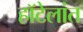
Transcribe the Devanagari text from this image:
हॉटेलांत